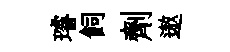
璿飼劑遨